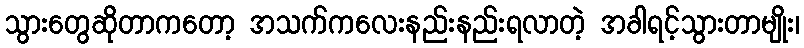
သွားတွေဆိုတာကတော့ အသက်ကလေးနည်းနည်းရလာတဲ့ အခါရင့်သွားတာမျိုး၊